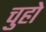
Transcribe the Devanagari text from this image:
चुहो